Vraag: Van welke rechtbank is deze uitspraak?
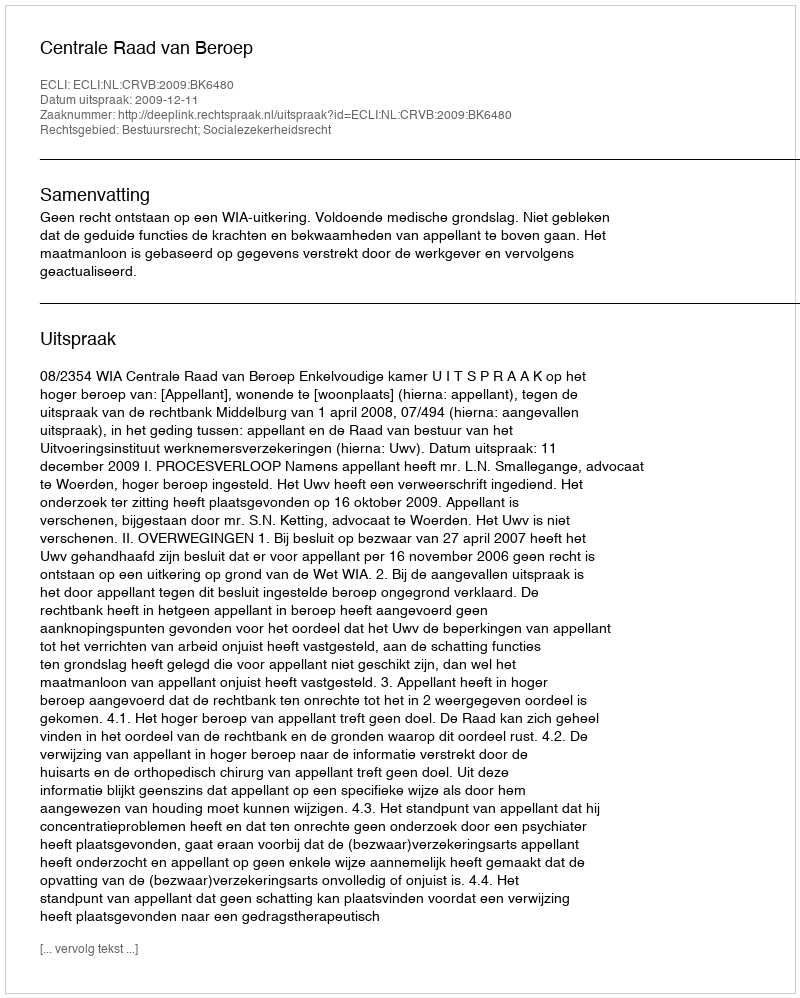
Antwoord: Centrale Raad van Beroep